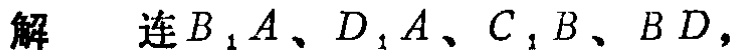
解 连\(B_{1}A、D_{1}A、C_{1}B、BD\)，